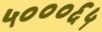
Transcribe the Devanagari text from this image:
५०००६५